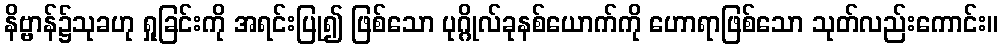
နိဗ္ဗာန်၌သုခဟု ရှုခြင်းကို အရင်းပြု၍ ဖြစ်သော ပုဂ္ဂိုလ်ခုနစ်ယောက်ကို ဟောရာဖြစ်သော သုတ်လည်းကောင်း။